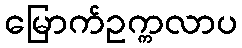
မြောက်ဥက္ကလာပ